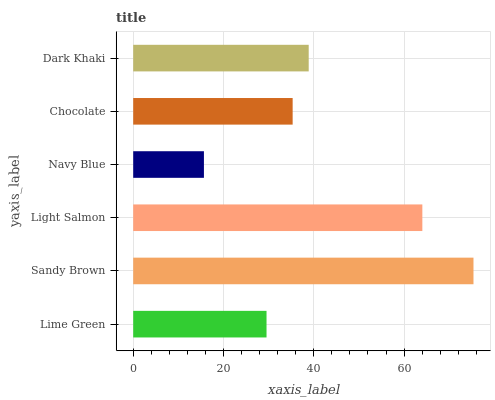
| yaxis_label | bars |
 | --- | --- |
 | Lime Green | 29.5 |
 | Sandy Brown | 75.4 |
 | Light Salmon | 64 |
 | Navy Blue | 15.7 |
 | Chocolate | 35.3 |
 | Dark Khaki | 38.9 |